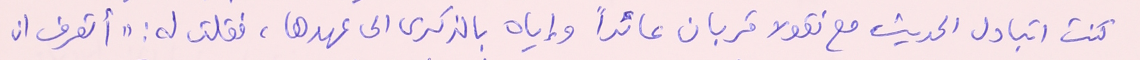
كنت اتبادل الحديث مع نقولا قربان عائداً وإياه بالذكرى الى عهدها، فقلت له: "أتعرف ان